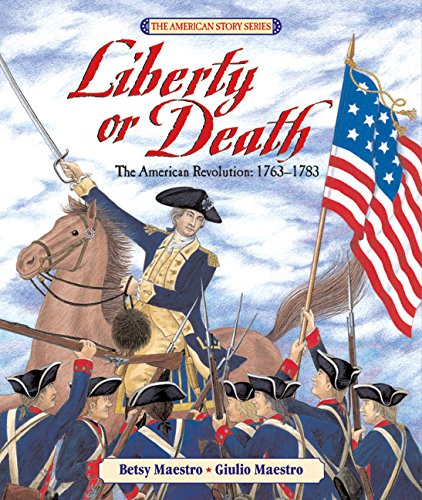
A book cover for Liberty or Death: The American Revolution: 1763-1783 (American Story); Betsy Maestro; Children's Books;